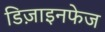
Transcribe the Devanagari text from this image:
डिज़ाइनफेज